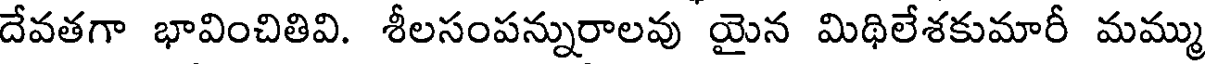
దేవతగా భావించితివి. శీలసంపన్నురాలవు యైన మిథిలేశకుమారీ మమ్ము